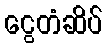
ငွေတံဆိပ်